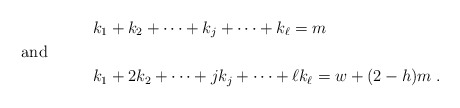
\begin{align*} & k_1+ k_2 + \cdots + k_j + \cdots + k_{\ell} = m \\ \noalign{and} & k_1 + 2 k_2 + \cdots + j k_j + \cdots + \ell k_{\ell} = w + (2-h) m \;. \end{align*}